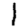
Digit: 1